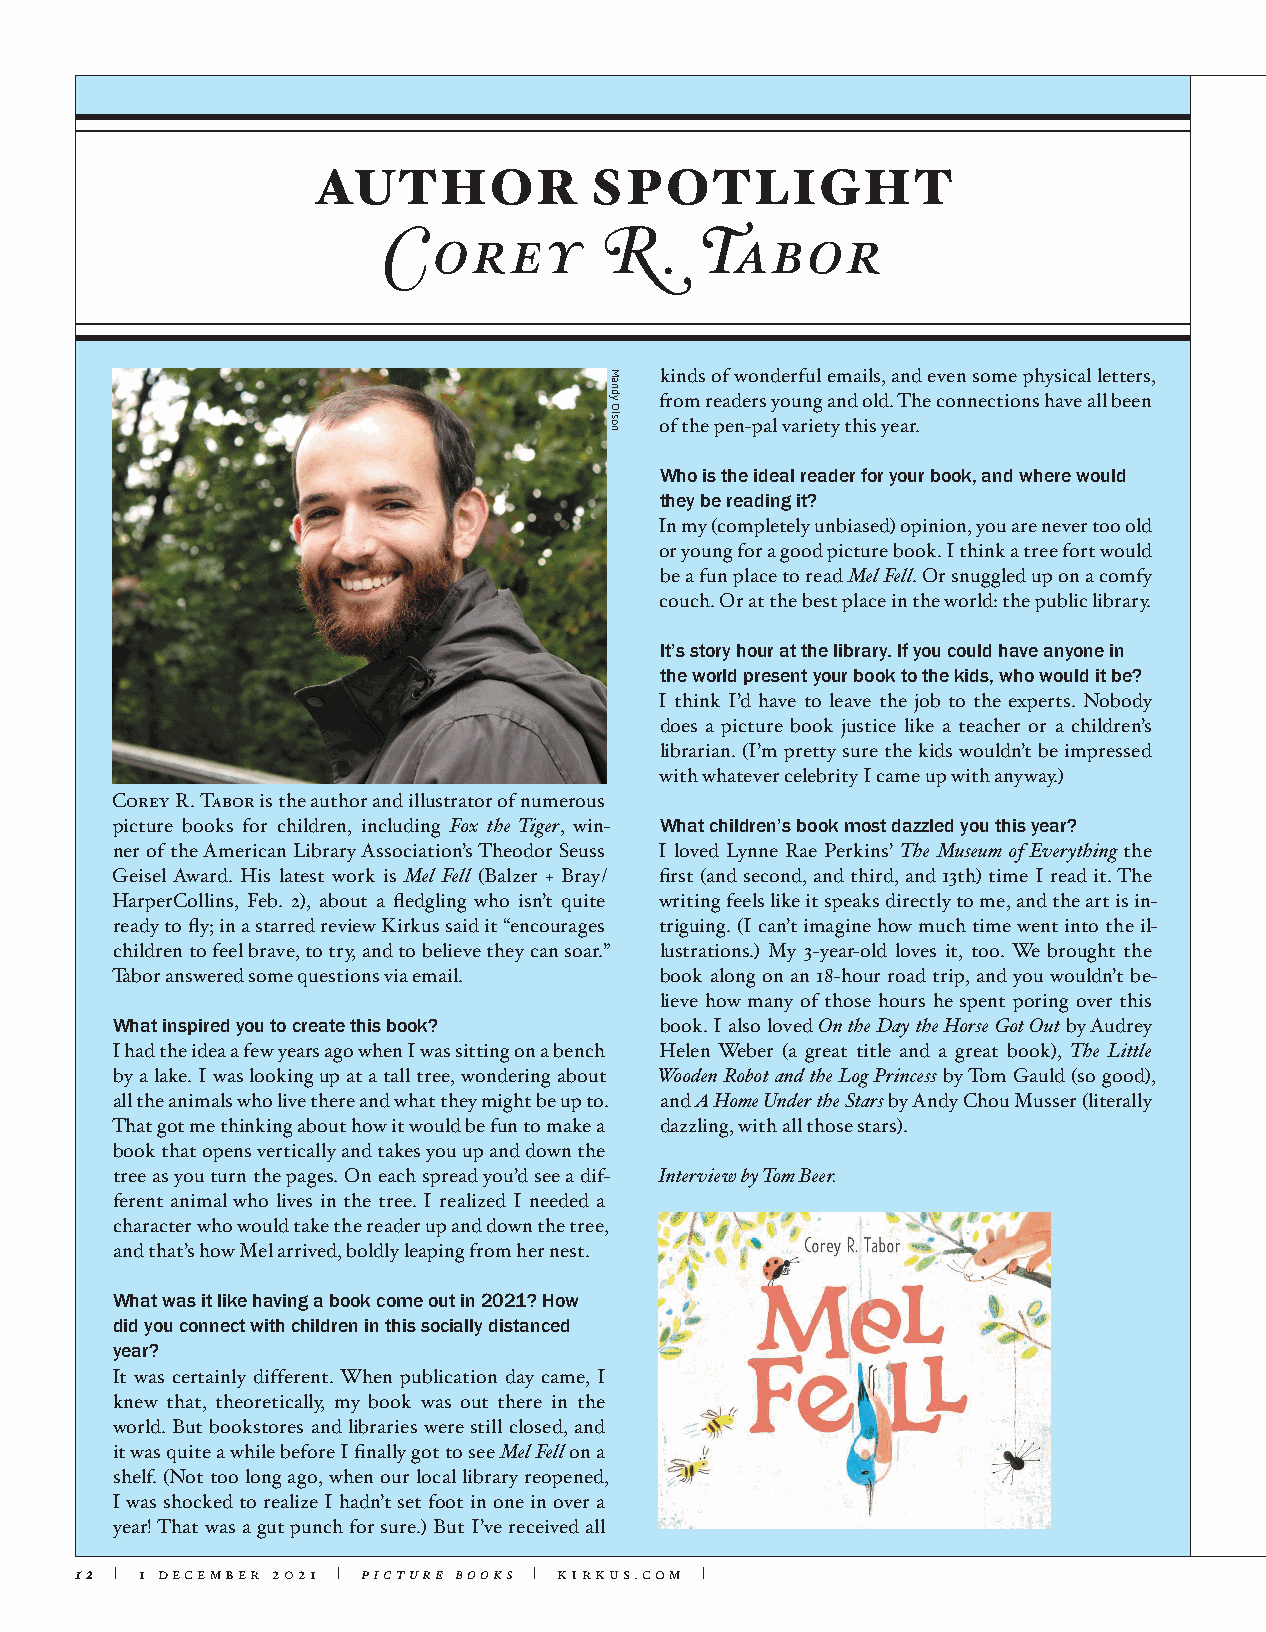
AUTHOR            SPOTLIGHT
 Corey          R.    Tabor
 kinds of wonderful emails, and even some physical letters,
 from readers young and old. The connections have all been
 of the pen-pal variety this year.
 Who is the ideal reader for your book, and where would
 they be reading it?
 In my (completely unbiased) opinion, you are never too old
 or young for a good picture book. I think a tree fort would
 be a fun place to read Mel Fell. Or snuggled up on a comfy
 couch. Or at the best place in the world: the public library.
 It’s story hour at the library. If you could have anyone in
 the world present your book to the kids, who would it be?
 I think I’d have to leave the job to the experts. Nobody
 does a picture book justice like a teacher or a children’s
 librarian. (I’m pretty sure the kids wouldn’t be impressed
 with whatever celebrity I came up with anyway.)
 Corey R. Tabor is the author and illustrator of numerous
 picture books for children, including Fox the Tiger, win- What children’s book most dazzled you this year?
 ner of the American Library Association’s Theodor Seuss I loved Lynne Rae Perkins’ The Museum of Everything the
 Geisel Award. His latest work is Mel Fell (Balzer + Bray/ first (and second, and third, and 13th) time I read it. The
 HarperCollins, Feb. 2), about a fledgling who isn’t quite writing feels like it speaks directly to me, and the art is in-
 ready to fly; in a starred review Kirkus said it “encourages triguing. (I can’t imagine how much time went into the il-
 children to feel brave, to try, and to believe they can soar.” lustrations.) My 3-year-old loves it, too. We brought the
 Tabor answered some questions via email. book along on an 18-hour road trip, and you wouldn’t be-
 lieve how many of those hours he spent poring over this
 What inspired you to create this book? book. I also loved On the Day the Horse Got Out by Audrey
 I had the idea a few years ago when I was sitting on a bench Helen Weber (a great title and a great book), The Little
 by a lake. I was looking up at a tall tree, wondering about Wooden Robot and the Log Princess by Tom Gauld (so good),
 all the animals who live there and what they might be up to. and A Home Under the Stars by Andy Chou Musser (literally
 That got me thinking about how it would be fun to make a dazzling, with all those stars).
 book that opens vertically and takes you up and down the
 tree as you turn the pages. On each spread you’d see a dif- Interview by Tom Beer.
 ferent animal who lives in the tree. I realized I needed a
 character who would take the reader up and down the tree,
 and that’s how Mel arrived, boldly leaping from her nest.
 What was it like having a book come out in 2021? How
 did you connect with children in this socially distanced
 year?
 It was certainly different. When publication day came, I
 knew that, theoretically, my book was out there in the
 world. But bookstores and libraries were still closed, and
 it was quite a while before I finally got to see Mel Fell on a
 shelf. (Not too long ago, when our local library reopened,
 I was shocked to realize I hadn’t set foot in one in over a
 year! That was a gut punch for sure.) But I’ve received all
 12 | 1 december 2021 | picture books | kirkus.com |
 Mandy
 Olson